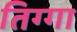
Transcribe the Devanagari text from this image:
तिग्गा